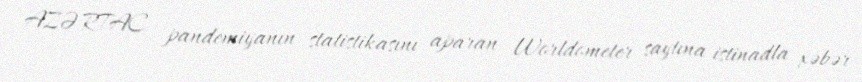
AZƏRTAC pandemiyanın statistikasını aparan Worldometer saytına istinadla xəbər